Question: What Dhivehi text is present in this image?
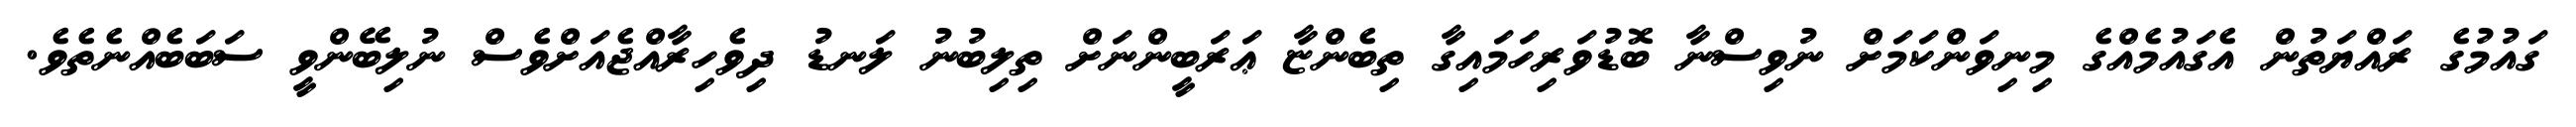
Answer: ގައުމުގެ ރައްޔަތުން އެގައުމެއްގެ މިނިވަންކަމަށް ނުވިސްނާ ބޮޑުވަރިހަމައިގާ ތިބެންޏާ ޢަރަބީންނަށް ތިލިބުނު ލަނޑު ދިވެހިރާއްޖެއަށްވެސް ނުލިބޭންވީ ސަބަބެއްނެތެވެ.